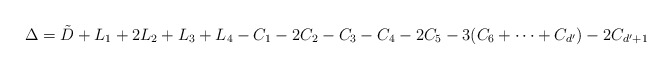
\begin{align*}\Delta = \tilde{D} + L_1 + 2 L_2 + L_3 + L_4 - C_1 - 2 C_2 - C_3 - C_4 - 2 C_5 - 3 (C_6 + \cdots + C_{d'}) - 2 C_{d'+1}\end{align*}